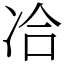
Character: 冾